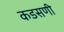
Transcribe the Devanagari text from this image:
कडसणी